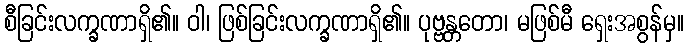
စီခြင်းလက္ခဏာရှိ၏။ ဝါ၊ ဖြစ်ခြင်းလက္ခဏာရှိ၏။ ပုဗ္ဗန္တတော၊ မဖြစ်မီ ရှေးအစွန်မှ။